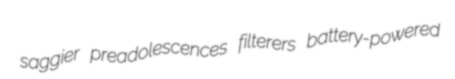
saggier preadolescences filterers battery-powered